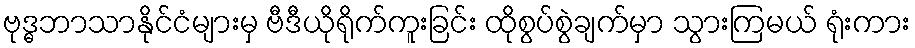
ဗုဒ္ဓဘာသာနိုင်ငံများမှ ဗီဒီယိုရိုက်ကူးခြင်း ထိုစွပ်စွဲချက်မှာ သွားကြမယ် ရုံးကား